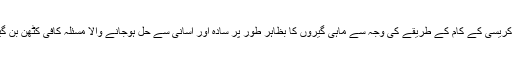
بیوروکریسی کے کام کے طریقے کی وجہ سے ماہی گیروں کا بظاہر طور پر سادہ اور آسانی سے حل ہوجانے والا مسئلہ کافی کٹھن بن گیا ہے۔